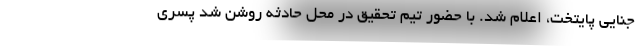
جنایی پایتخت، اعلام شد. با حضور تیم تحقیق در محل حادثه روشن شد پسری